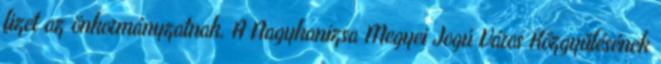
fizet az önkormányzatnak. A Nagykanizsa Megyei Jogú Város Közgyűlésének